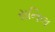
રાનિલ